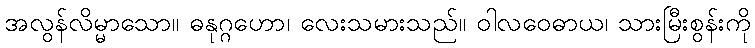
အလွန်လိမ္မာသော။ ဓနုဂ္ဂဟော၊ လေးသမားသည်။ ဝါလဝေဓာယ၊ သားမြီးစွန်းကို